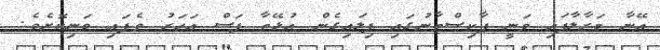
އޭނާ މަރާލާފައި ވަނީ ޕާކިސްތާނުގައި ފިލައިގެން އުޅޭތާ ފަސް އަހަރު ވެފައި ވަނިކޮށެވެ.